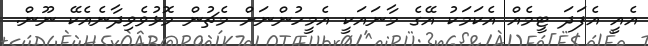
އެއީ އެފަދަ ޓީމެއް އެކަމަކު އޭގެ މާނައަކީ އެމީހުންނަށް މެޗުން މޮޅުވެވިދާނެއެކޭ ނޫން.